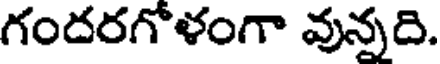
గందరగోళంగా వున్నది.